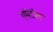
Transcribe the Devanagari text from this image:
एमेटोल